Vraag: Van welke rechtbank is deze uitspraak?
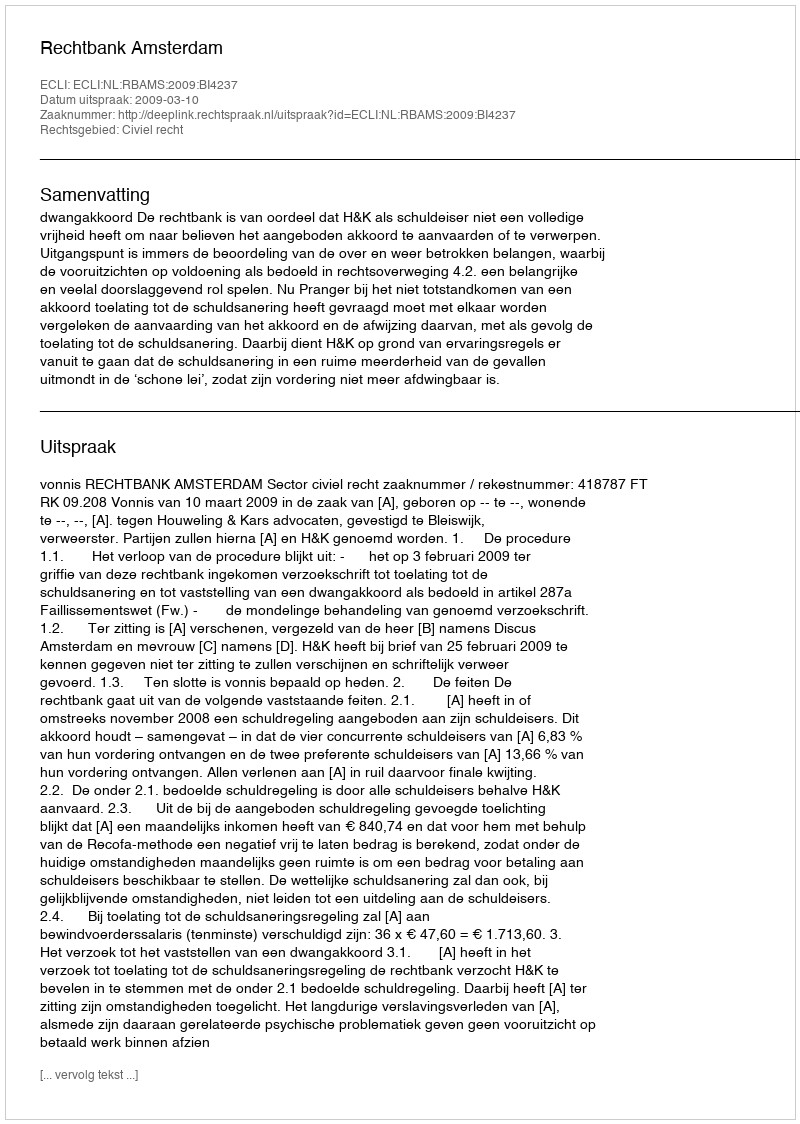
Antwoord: Rechtbank Amsterdam